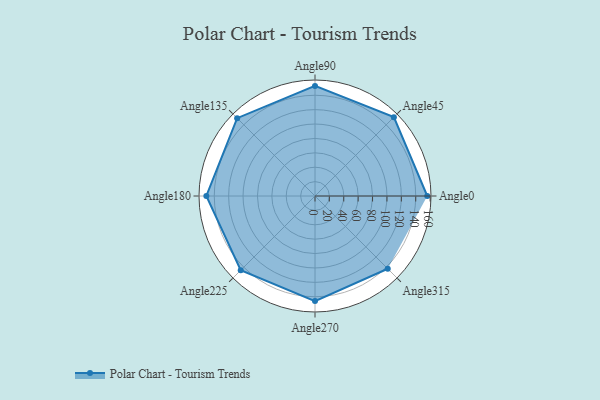
{"axis": {"x": "Angle", "y": "Radius"}, "legend": [""], "data": [{"x": "Angle0", "y": 156.0, "type": ""}, {"x": "Angle45", "y": 155.0, "type": ""}, {"x": "Angle90", "y": 153.0, "type": ""}, {"x": "Angle135", "y": 153.0, "type": ""}, {"x": "Angle180", "y": 151.0, "type": ""}, {"x": "Angle225", "y": 146.0, "type": ""}, {"x": "Angle270", "y": 146.0, "type": ""}, {"x": "Angle315", "y": 143.0, "type": ""}]}